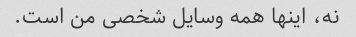
نه، اینها همه وسایل شخصی من است.